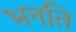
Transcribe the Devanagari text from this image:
भनति